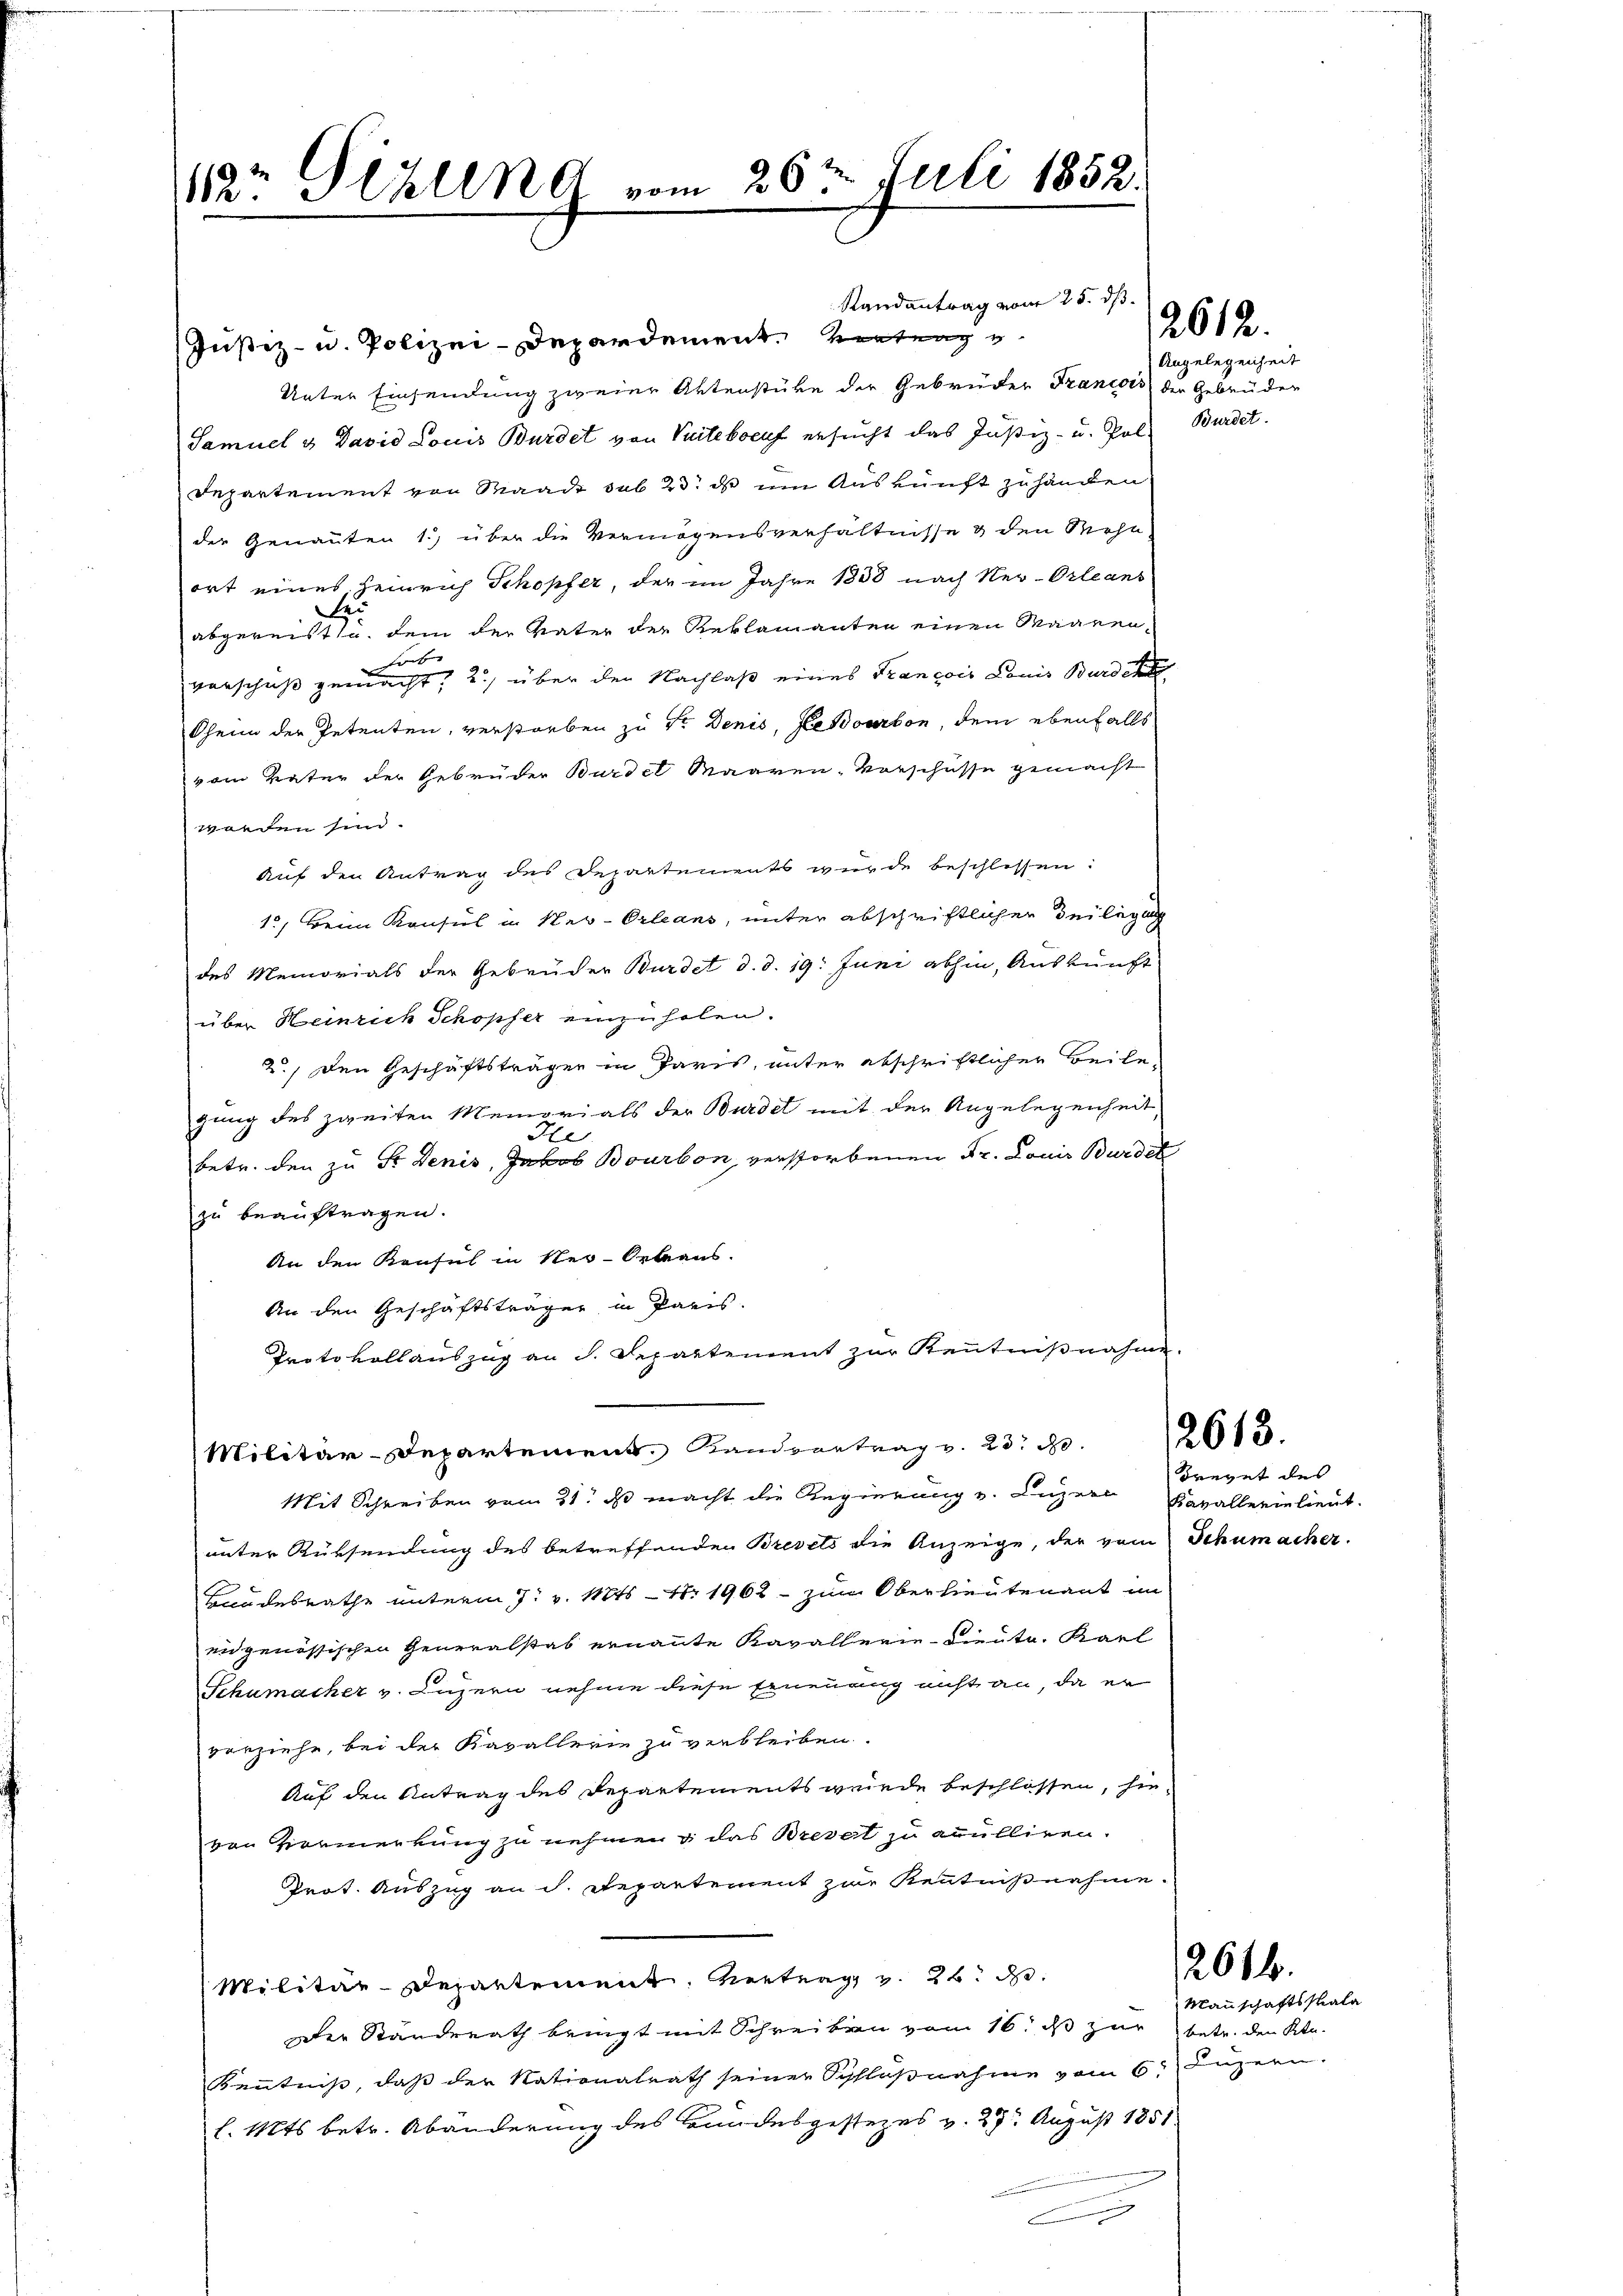
12t Hlullnd vom 26ten Juli 1852.

Randantrag vom 25. dß.

Justiz- u. Polizei-Depardement. Vertrag
Unter Einsendung zweier Aktenstüke die Gebrüder Francois der Gebrüder
Samuel & David Louis Bürdet von Vuiteboeuf ersucht das Justiz- u. Pol Bürdet.
Departement von Waadt sub 23. ds um Auskunft zu handen
der Genannten 1., über die Vermögensverhältnisse & den Wohn
ort eines Heinrich Schopfer, der im Jahre 1838 nach Neu-Orleans
H
abgereistha, dem der Vater der Reklamanten einen Waaren-
farbe |
vorschuß gemacht, 2.) über den Nachlaß eines Francois Louis Burde
Oheim der Petenten, verstorben zu Sr. Denis, Heroarbon, dem ebenfalls
vom Vater der Gebrüder Bürdel Maaren-Vorschüsse gemacht
worden sind.
Auf den Antrag des Departements wurde beschlossen:
1, Beim Konsul in Neu-Orleans, unter abschriftlichen Beilegung
des Memorials der Gebrüder Burdet d. d. 19. Juni abhin, Auskunft
über Heinrich Schöpfer einzuholen.
2.) Den Geschäftsträger in Paris, unter abschriftlicher Beilegung des zweiten Memorials der Burde mit der Angelegenheit
He
betr. den zu Sr. Denis, Jakob Bourbon, verstorbenen Dr. Louis Bundet
zu beauftragen.
An den Konsul in Ner-Orbeaus.
An den Geschäftsträger in Paris.
Protokoll auszug an d. Schattement zur Kenntnißnahme
Militär-Departement. Landvertrag v. 23. 13. 2013.
Mit Schreiben vom 21. ds macht die Regierung v. Luzern
unter Rüksendung des betreffenden Brevets die Anzeige, der vom Schumacher.
Bandesrathe unterm 7. v. Mts. 1. 1962 - zum Oberlieutenant in
eidgenössischen Generalstab ernannte Kavallerie-Diente. Karl
Schumacher v. Luzern nehme diese Erneuang nicht an, da er
vorziehe, bei der Kavallerin zu verbleiben.
Auf den Antrag des Departements wurde beschlossen, sievon Vormerkung zu nehmen & das Brevet zu anulliren.
Prot. Auszug an d. Repartement zur Kenntnißnahme.
Militär-Departement, Vertrag v. 26. d.
Der Standerath bringt mit Schreiben vom 16. ds zur betr. den Ktn.
Kenntniß, daß der Nationalrath seiner Schlußnahme vom 6. Luzern.
l. Mts. betr. Abänderung des Bundesgestezes v. 27. August 1851
C

Angelegenheit

2612.

Frevet des
Kavallerielieut.

12616.

Mannschaftsstrala